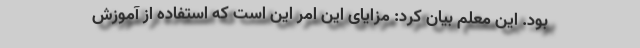
بود. این معلم بیان کرد: مزایای این امر این است که استفاده از آموزش